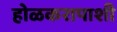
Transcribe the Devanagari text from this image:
होळकरापाशी